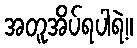
အတူအိပ်ရပါရဲ့။